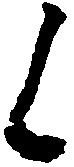
候